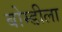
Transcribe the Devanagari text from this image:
बोम्डीला